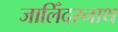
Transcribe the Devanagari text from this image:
जालिँदरनाथ